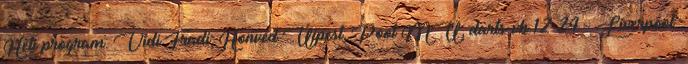
Heti program: Vidi–Fradi; Honvéd–Újpest; Pool–MU; darts-vb 12:24 - Liverpool: